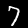
Label: 7